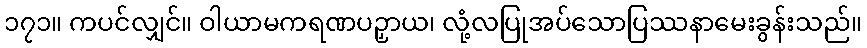
၁၇၁။ ကပင်လျှင်။ ဝါယာမကရဏပဉှာယ၊ လုံ့လပြုအပ်သောပြဿနာမေးခွန်းသည်။